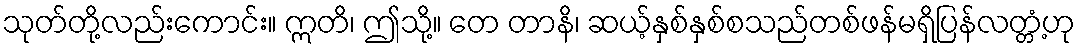
သုတ်တို့လည်းကောင်း။ ဣတိ၊ ဤသို့။ တေ တာနိ၊ ဆယ့်နှစ်နှစ်စသည်တစ်ဖန်မရှိပြန်လတ္တံ့ဟု